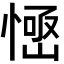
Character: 𢞳